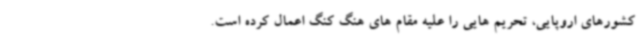
کشورهای اروپایی، تحریم هایی را علیه مقام های هنگ کنگ اعمال کرده است.